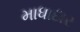
માધાદાર